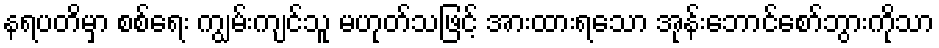
နရပတိမှာ စစ်ရေး ကျွမ်းကျင်သူ မဟုတ်သဖြင့် အားထားရသော အုန်းဘောင်စော်ဘွားကိုသာ